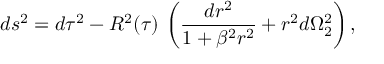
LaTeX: d s ^ { 2 } = d \tau ^ { 2 } - R ^ { 2 } ( \tau ) \, \left( \frac { d r ^ { 2 } } { 1 + \beta ^ { 2 } r ^ { 2 } } + r ^ { 2 } d \Omega _ { 2 } ^ { 2 } \right) ,